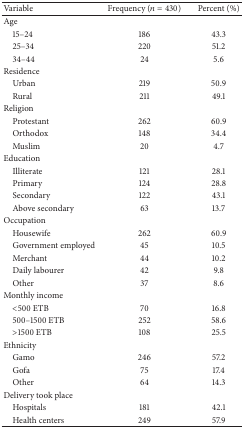
<table><thead><tr><td><b>Variable</b></td><td><b>Frequency (<i>n</i> = 430) </b></td><td><b>Percent (%)</b></td></tr></thead><tbody><tr><td>Age</td><td> </td><td> </td></tr><tr><td> 15–24 </td><td>186</td><td>43.3</td></tr><tr><td> 25–34 </td><td>220</td><td>51.2</td></tr><tr><td> 34–44 </td><td>24</td><td>5.6</td></tr><tr><td>Residence</td><td> </td><td> </td></tr><tr><td> Urban </td><td>219</td><td>50.9</td></tr><tr><td> Rural</td><td>211</td><td>49.1</td></tr><tr><td>Religion</td><td> </td><td> </td></tr><tr><td> Protestant </td><td>262</td><td>60.9</td></tr><tr><td> Orthodox</td><td>148</td><td>34.4</td></tr><tr><td> Muslim </td><td>20</td><td>4.7</td></tr><tr><td>Education</td><td> </td><td> </td></tr><tr><td> Illiterate</td><td>121</td><td>28.1</td></tr><tr><td> Primary</td><td>124</td><td>28.8</td></tr><tr><td> Secondary </td><td>122</td><td>43.1</td></tr><tr><td> Above secondary</td><td>63</td><td>13.7</td></tr><tr><td>Occupation</td><td> </td><td> </td></tr><tr><td> Housewife</td><td>262</td><td>60.9</td></tr><tr><td> Government employed</td><td>45</td><td>10.5</td></tr><tr><td> Merchant</td><td>44</td><td>10.2</td></tr><tr><td> Daily labourer</td><td>42</td><td>9.8</td></tr><tr><td> Other</td><td>37</td><td>8.6</td></tr><tr><td>Monthly income</td><td> </td><td> </td></tr><tr><td> &lt;500 ETB </td><td>70</td><td>16.8</td></tr><tr><td> 500–1500 ETB </td><td> 252</td><td>58.6</td></tr><tr><td> &gt;1500 ETB </td><td>108</td><td>25.5</td></tr><tr><td>Ethnicity</td><td> </td><td> </td></tr><tr><td> Gamo</td><td>246</td><td>57.2</td></tr><tr><td> Gofa</td><td>75</td><td>17.4</td></tr><tr><td> Other</td><td>64</td><td>14.3</td></tr><tr><td>Delivery took place</td><td> </td><td> </td></tr><tr><td> Hospitals</td><td>181</td><td>42.1</td></tr><tr><td> Health centers</td><td>249</td><td>57.9</td></tr></tbody></table>